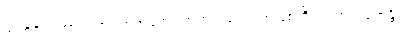
အဟိရိကဘာဝံ၊ အရှက်အကြောက်ကင်းသော အဖြစ်ကို။ ပါတုကရောန္တိ၊